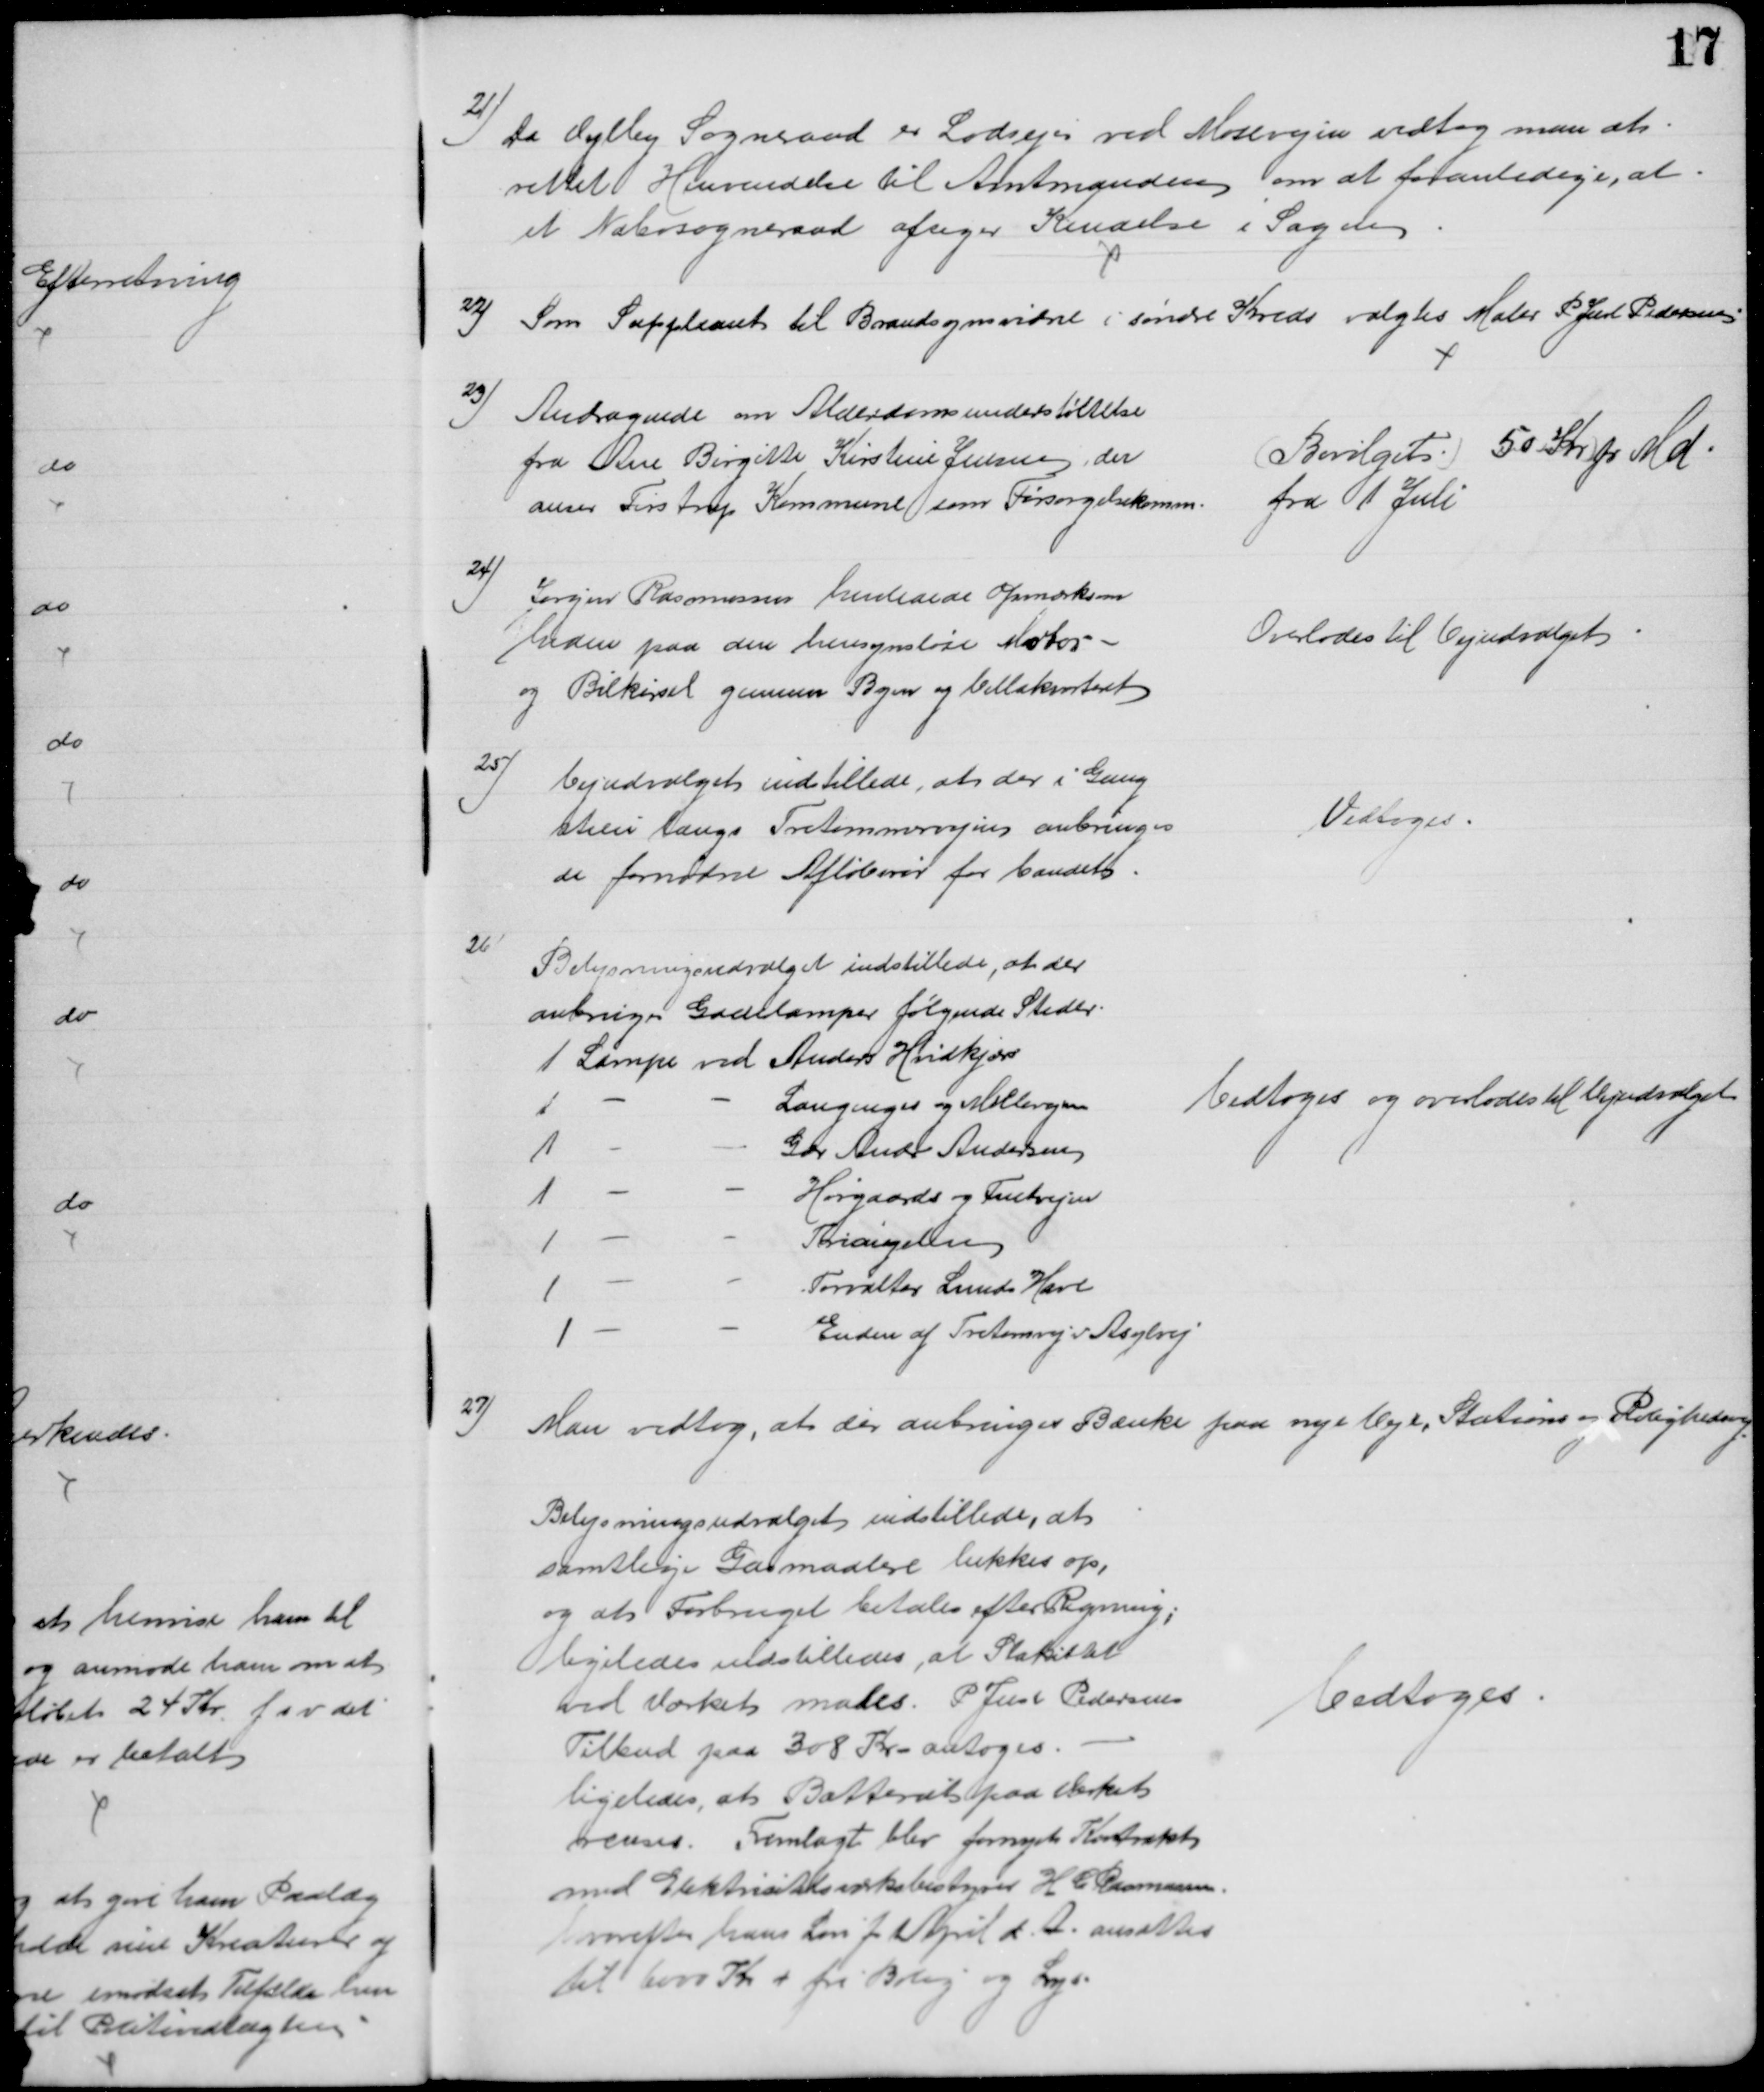
Transskription:
21) 
Da Vejlby Sogneraad er Lodsejer ved Mosevejen vedtog man at
rettet Henvendelse til Amtmanden om at foranledige, at
et Nabosogneraad afsiger Kendelse i Sagen
22) Som Suppleant til Brandsynsvidne i søndre Kreds valgtes Maler P. Just Pedersen
23) 
Andragende om Alderdomsunderstøttelse
fra Ane Birgitte Kirstine Jensen, der
anser Tirstrup Kommune som Forsørgelsekomm.
Bevilget 50 Kr pr Md
fra 1 Juli
24)
Jørgen Rasmussen henledede Opmærksom
heden paa den hensynsløse Motor-
og Bilkørsel gennem Byen og Villakvarteret
Overlodes til Vejudvalget
25)
Vejudvalget indstillede, at der i Gang
stien langs Tretommervejen anbringes
de fornødne Afløbsrør for Vandet.
Vedtoges.
26)
Belysningsudvalget indstillede, at der 
anbringes Gadelamper følgende Steder.
1 Lampe ved Anders Hvidkjær
1
Langenges og Møllevejen
1
Gdr Andr Andersen
1
Hørgaards og Fuetvejen
1
Triangelen
1
Forvalter Lunds Have
1 
Enden af Tretomvej v Asylvej
Vedtoges og overlodes til Vejudvalget
27)
Man vedtog, at der anbringes Bænke paa nye Veje, Stations og Rolighedsvej
Belysningsudvalget indstillede, at
samtlige Gasmaalere lukkes op,
og at Forbruget betales efter Regning,
ligeledes indstilledes, at Stakittet
ved Værket males. P. Just Pedersens
Tilbud paa 308 Kr. antoges.
ligeledes, at Batteriet paa Værket
renses. Fremlagt blev fornyet Kontrakt
med Elektricitetsværksbestyrer H C Rasmussen,
hvorefter hans Løn fra April d. A. ansattes
til 6000 Kr + fri Bolig og Lys.
Vedtoges